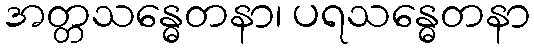
အတ္တသန္ဓေတနာ၊ ပရသန္ဓေတနာ